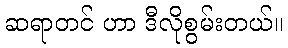
ဆရာတင် ဟာ ဒီလိုစွမ်းတယ်။